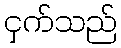
ငှက်သည်